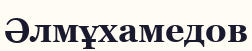
Әлмұхамедов